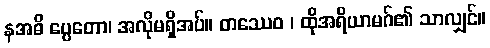
နအဓိ ပ္ပေတော၊ အလိုမရှိအပ်။ တဿေဝ ၊ ထိုအရိယာမဂ်၏ သာလျှင်။